Insane asylums in Bengal annual reports 1876-1887 - 1876-1887
Year: 1876
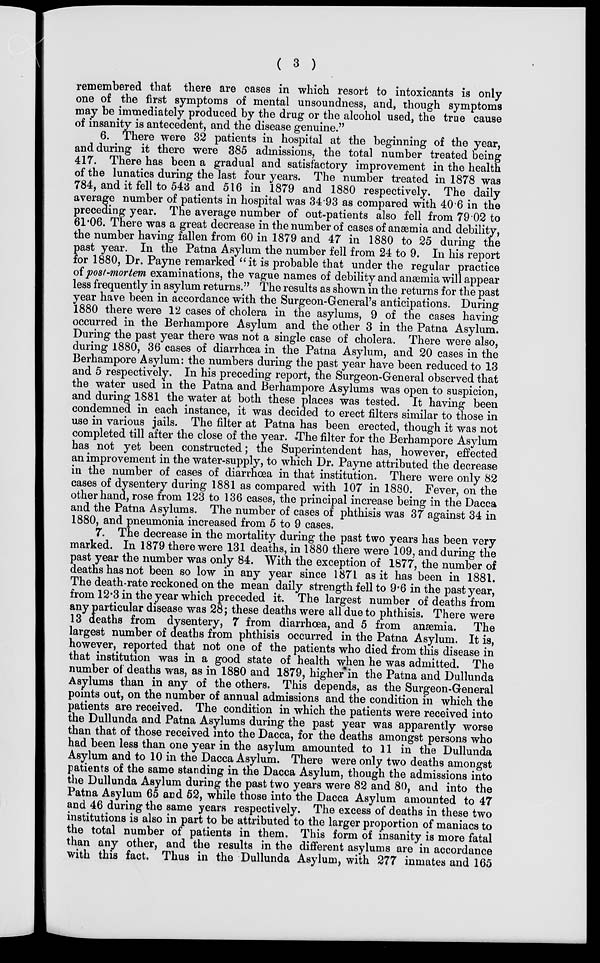
( 3 )
remembered that there are cases in which resort to intoxicants is only
one of the first symptoms of mental unsoundness, and, though symptoms
may be immediately produced by the drug or the alcohol used, the true cause
of insanity is antecedent, and the disease genuine."
6. There were 32 patients in hospital at the beginning of the year,
and during it there were 385 admissions, the total number treated being
417. There has been a gradual and satisfactory improvement in the health
of the lunatics during the last four years. The number treated in 1878 was
784, and it fell to 543 and 516 in 1879 and 1880 respectively. The daily
average number of patients in hospital was 34.93 as compared with 40.6 in the
preceding year. The average number of out-patients also fell from 79.02 to
61.06. There was a great decrease in the number of cases of anæmia and debility,
the number having fallen from 60 in 1879 and 47 in 1880 to 25 during the
past year. In the Patna Asylum the number fell from 24 to 9. In his report
for 1880, Dr. Payne remarked "it is probable that under the regular practice
of post-mortem examinations, the vague names of debility and anæmia will appear
less frequently in asylum returns." The results as shown in the returns for the past
year have been in accordance with the Surgeon-General's anticipations. During
1880 there were 12 cases of cholera in the asylums, 9 of the cases having
occurred in the Berhampore Asylum and the other 3 in the Patna Asylum.
During the past year there was not a single case of cholera. There were also,
during 1880, 36 cases of diarrhœa in the Patna Asylum, and 20 cases in the
Berhampore Asylum: the numbers during the past year have been reduced to 13
and 5 respectively. In his preceding report, the Surgeon-General observed that
the water used in the Patna and Berhampore Asylums was open to suspicion,
and during 1881 the water at both these places was tested. It having been
condemned in each instance, it was decided to erect filters similar to those in
use in various jails. The filter at Patna has been erected, though it was not
completed till after the close of the year. .The filter for the Berhampore Asylum
has not yet been constructed; the Superintendent has, however, effected
an improvement in the water-supply, to which Dr. Payne attributed the decrease
in the number of cases of diarrhoea in that institution. There were only 82
cases of dysentery during 1881 as compared with 107 in 1880. Fever, on the
other hand, rose from 123 to 136 cases, the principal increase being in the Dacca
and the Patna Asylums. The number of cases of phthisis was 37 against 34 in
1880, and pneumonia increased from 5 to 9 cases.
7. The decrease in the mortality during the past two years has been very
marked. In 1879 there were 131 deaths, in 1880 there were 109, and during the
past year the number was only 84. With the exception of 1877, the number of
deaths has not been so low in any year since 1871 as it has been in 1881.
The death-rate reckoned on the mean daily strength fell to 9.6 in the past year,
from 12.3 in the year which preceded it. The largest number of deaths from
any particular disease was 28; these deaths were all due to phthisis. There were
13 deaths from dysentery, 7 from diarrhœa, and 5 from anæmia.
The
largest number of deaths from phthisis occurred in the Patna Asylum. It is,
however, reported that not one of the patients who died from this disease in
that institution was in a good state of health when he was admitted. The
number of deaths was, as in 1880 and 1879, higher in the Patna and Dullunda
Asylums than in any of the others. This depends, as the Surgeon-General
points out, on the number of annual admissions and the condition in which the
patients are received. The condition in which the patients were received into
the Dullunda and Patna Asylums during the past year was apparently worse
than that of those received into the Dacca, for the deaths amongst persons who
had been less than one year in the asylum amounted to 11 in the Dullunda
Asylum and to 10 in the Dacca Asylum. There were only two deaths amongst
patients of the same standing in the Dacca Asylum, though the admissions into
the Dullunda Asylum during the past two years were 82 and 80, and into the
Patna Asylum 65 and 52, while those into the Dacca Asylum amounted to 47
and 46 during the same years respectively. The excess of deaths in these two
institutions is also in part to be attributed to the larger proportion of maniacs to
the total number of patients in them. This form of insanity is more fatal
than any other, and the results in the different asylums are in accordance
with this fact. Thus in the Dullunda Asylum, with 277 inmates and 165